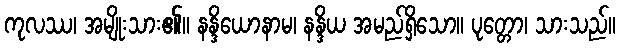
ကုလဿ၊ အမျိုးသား၏။ နန္ဒိယောနာမ၊ နန္ဒိယ အမည်ရှိသော။ ပုတ္တော၊ သားသည်။